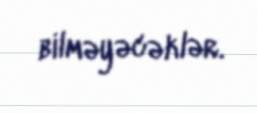
bilməyəcəklər.